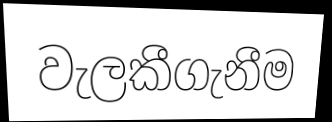
වැලකීගැනීම